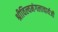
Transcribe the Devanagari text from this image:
श्रीविल्वमंगलाचार्यजी